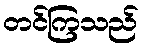
တင်ကြသည်